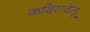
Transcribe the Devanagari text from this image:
कदिरावेलू